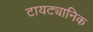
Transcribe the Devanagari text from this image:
टायट्यानिक